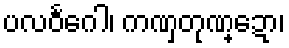
ပလဝင်္ဂေါ၊ ကဏှတုဏ္ဍော၊